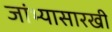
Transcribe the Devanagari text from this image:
जांभ्यासारखी